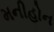
મનીહોન